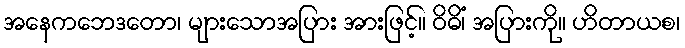
အနေကဘေဒတော၊ များသောအပြား အားဖြင့်။ ဝိဓိံ၊ အပြားကို။ ဟိတာယစ၊